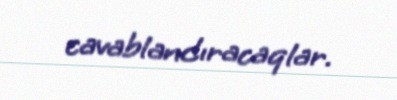
cavablandıracaqlar.